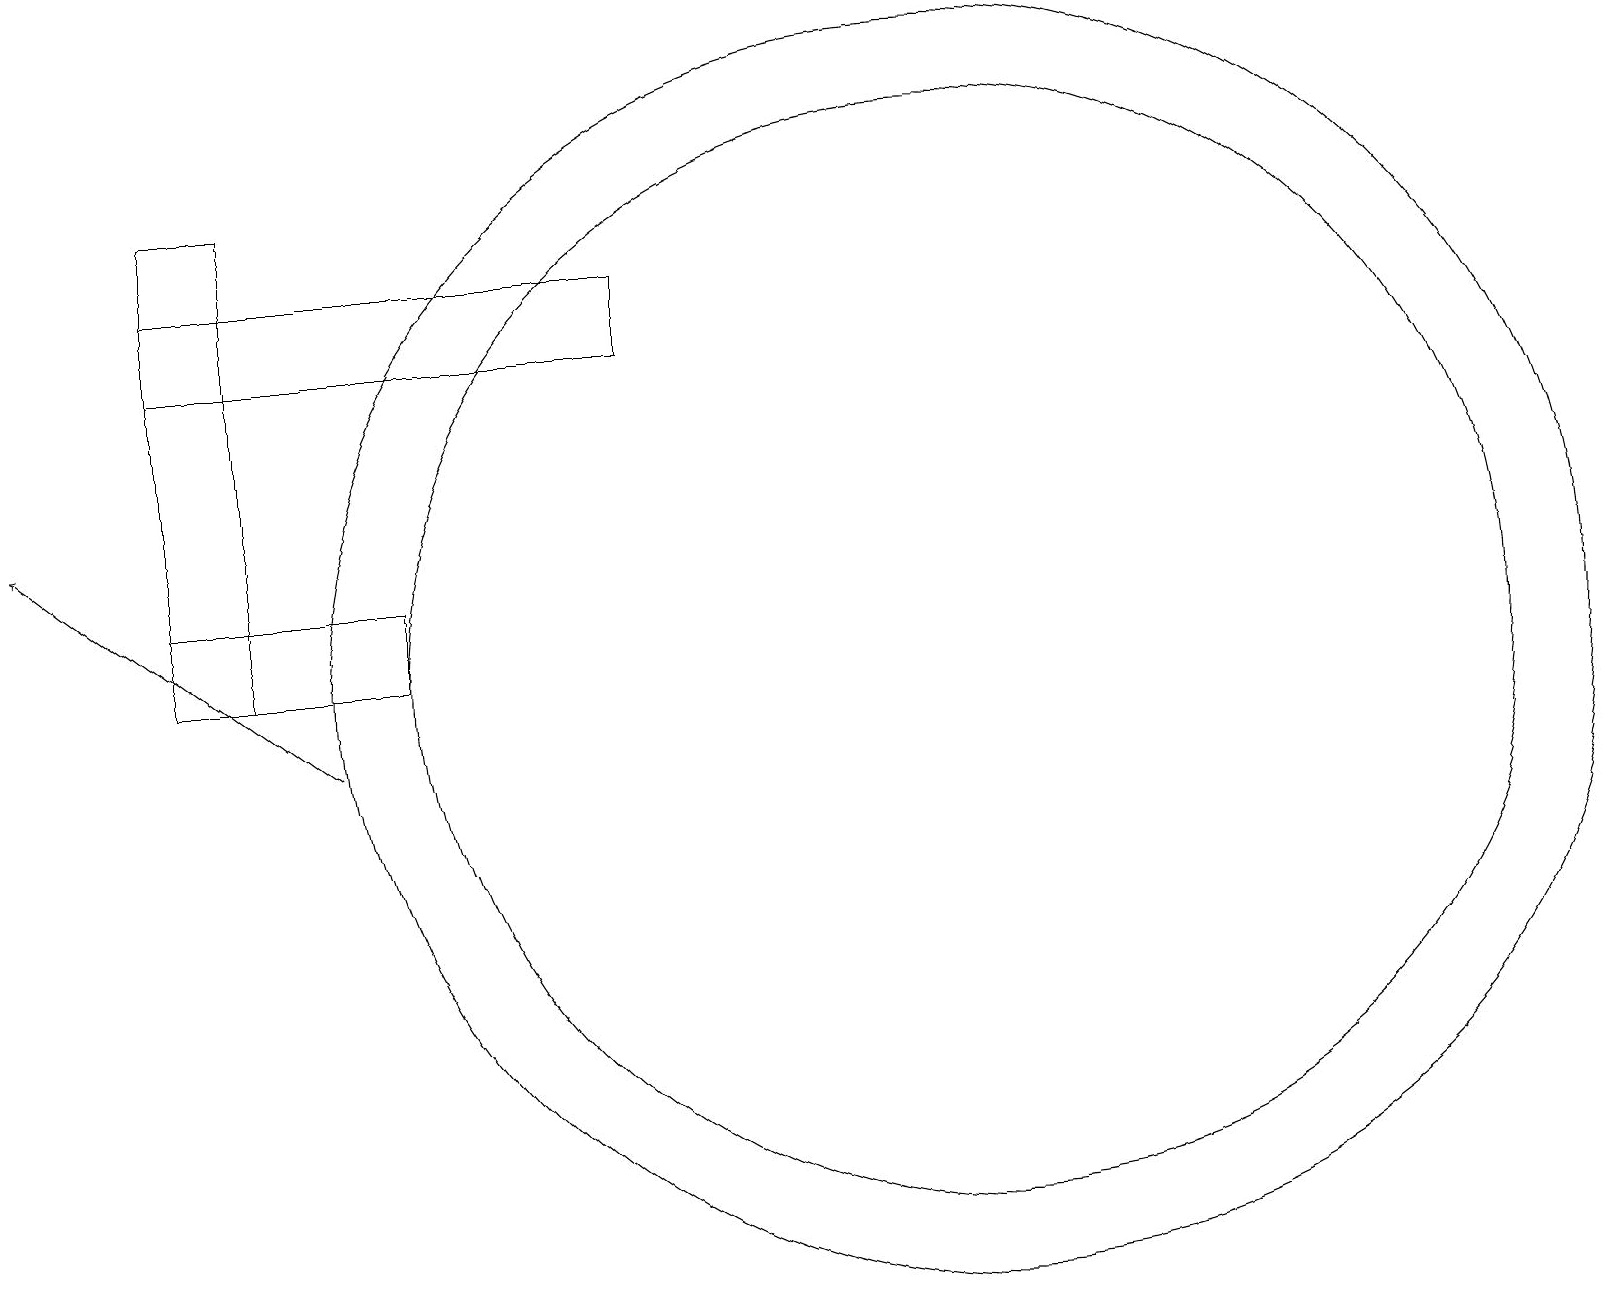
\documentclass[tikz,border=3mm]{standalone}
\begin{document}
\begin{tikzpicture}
\draw (2,17) rectangle (3,11);
\draw (12,11) circle (7);
\draw (3,16) rectangle (6,16);
\draw (2,11) rectangle (5,12);
\draw (2,16) rectangle (8,15);
\draw (12,11) circle (8);
\draw[->] (4,10) -- (0,13);
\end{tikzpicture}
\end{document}